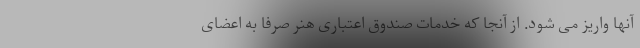
آنها واریز می شود. از آنجا که خدمات صندوق اعتباری هنر صرفاً به اعضای